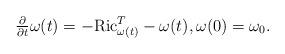
LaTeX: \begin{align*}\begin{array}[c]{c}\frac{\partial}{\partial t}\omega(t)=-\mathrm{Ric}_{\omega(t)}^{T}-\omega(t),\omega(0)=\omega_{0}.\end{array}\end{align*}